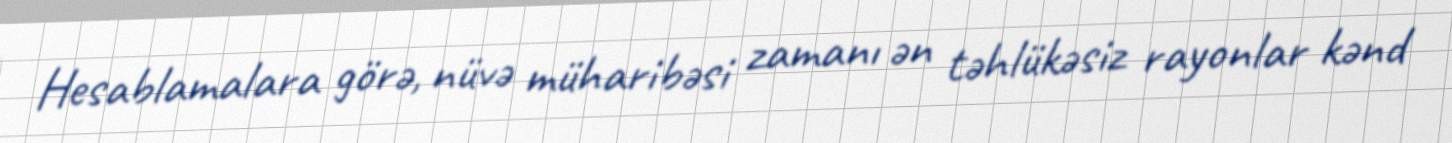
Hesablamalara görə, nüvə müharibəsi zamanı ən təhlükəsiz rayonlar kənd